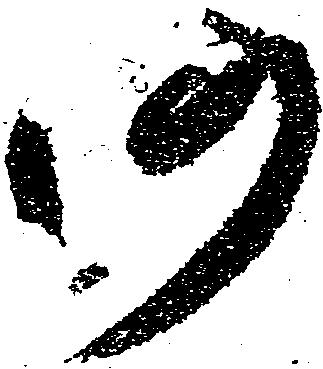
仍